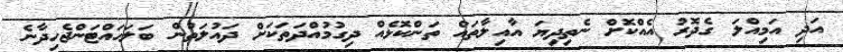
އަދި އަމިއްލަ ގެދޮރު އެއްކޮށް ނެތިދިޔަ އާއިލާތައް ތަންކޮޅެއް ދިގުމުއްދަތަކަށް ދައުލަތުން ބަލަހައްޓަންޖެހިދާނެ